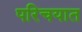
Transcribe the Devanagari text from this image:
परिचयात